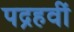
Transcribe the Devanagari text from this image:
पद्रहवीं